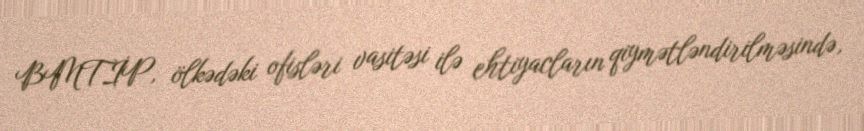
BMTİP, ölkədəki ofisləri vasitəsi ilə ehtiyacların qiymətləndirilməsində,